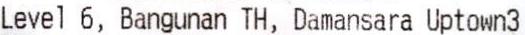
LEVEL 6, BANGUNAN TH, DAMANSARA UPTOWN3